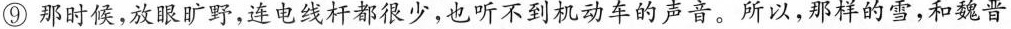
⑨那时侯，放眼旷野，连电线杆都很少，也听不到机动车的声音。所以，那样的雪，和魏晋